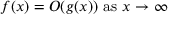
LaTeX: f ( x ) = O ( g ( x ) ) { \mathrm { ~ a s ~ } } x \to \infty